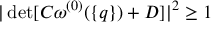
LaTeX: | \operatorname * { d e t } [ C \omega ^ { ( 0 ) } ( \{ q \} ) + D ] | ^ { 2 } \geq 1